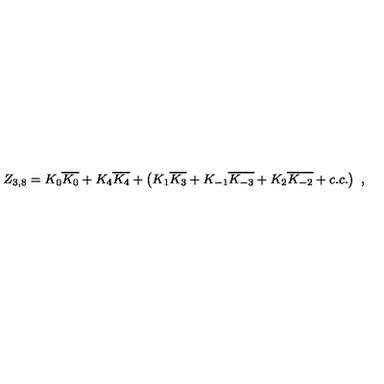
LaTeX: Z _ { 3 , 8 } = K _ { 0 } \overline { { K _ { 0 } } } + K _ { 4 } \overline { { K _ { 4 } } } + \left( K _ { 1 } \overline { { K _ { 3 } } } + K _ { - 1 } \overline { { K _ { - 3 } } } + K _ { 2 } \overline { { K _ { - 2 } } } + c . c . \right) \ ,